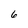
Character: 6